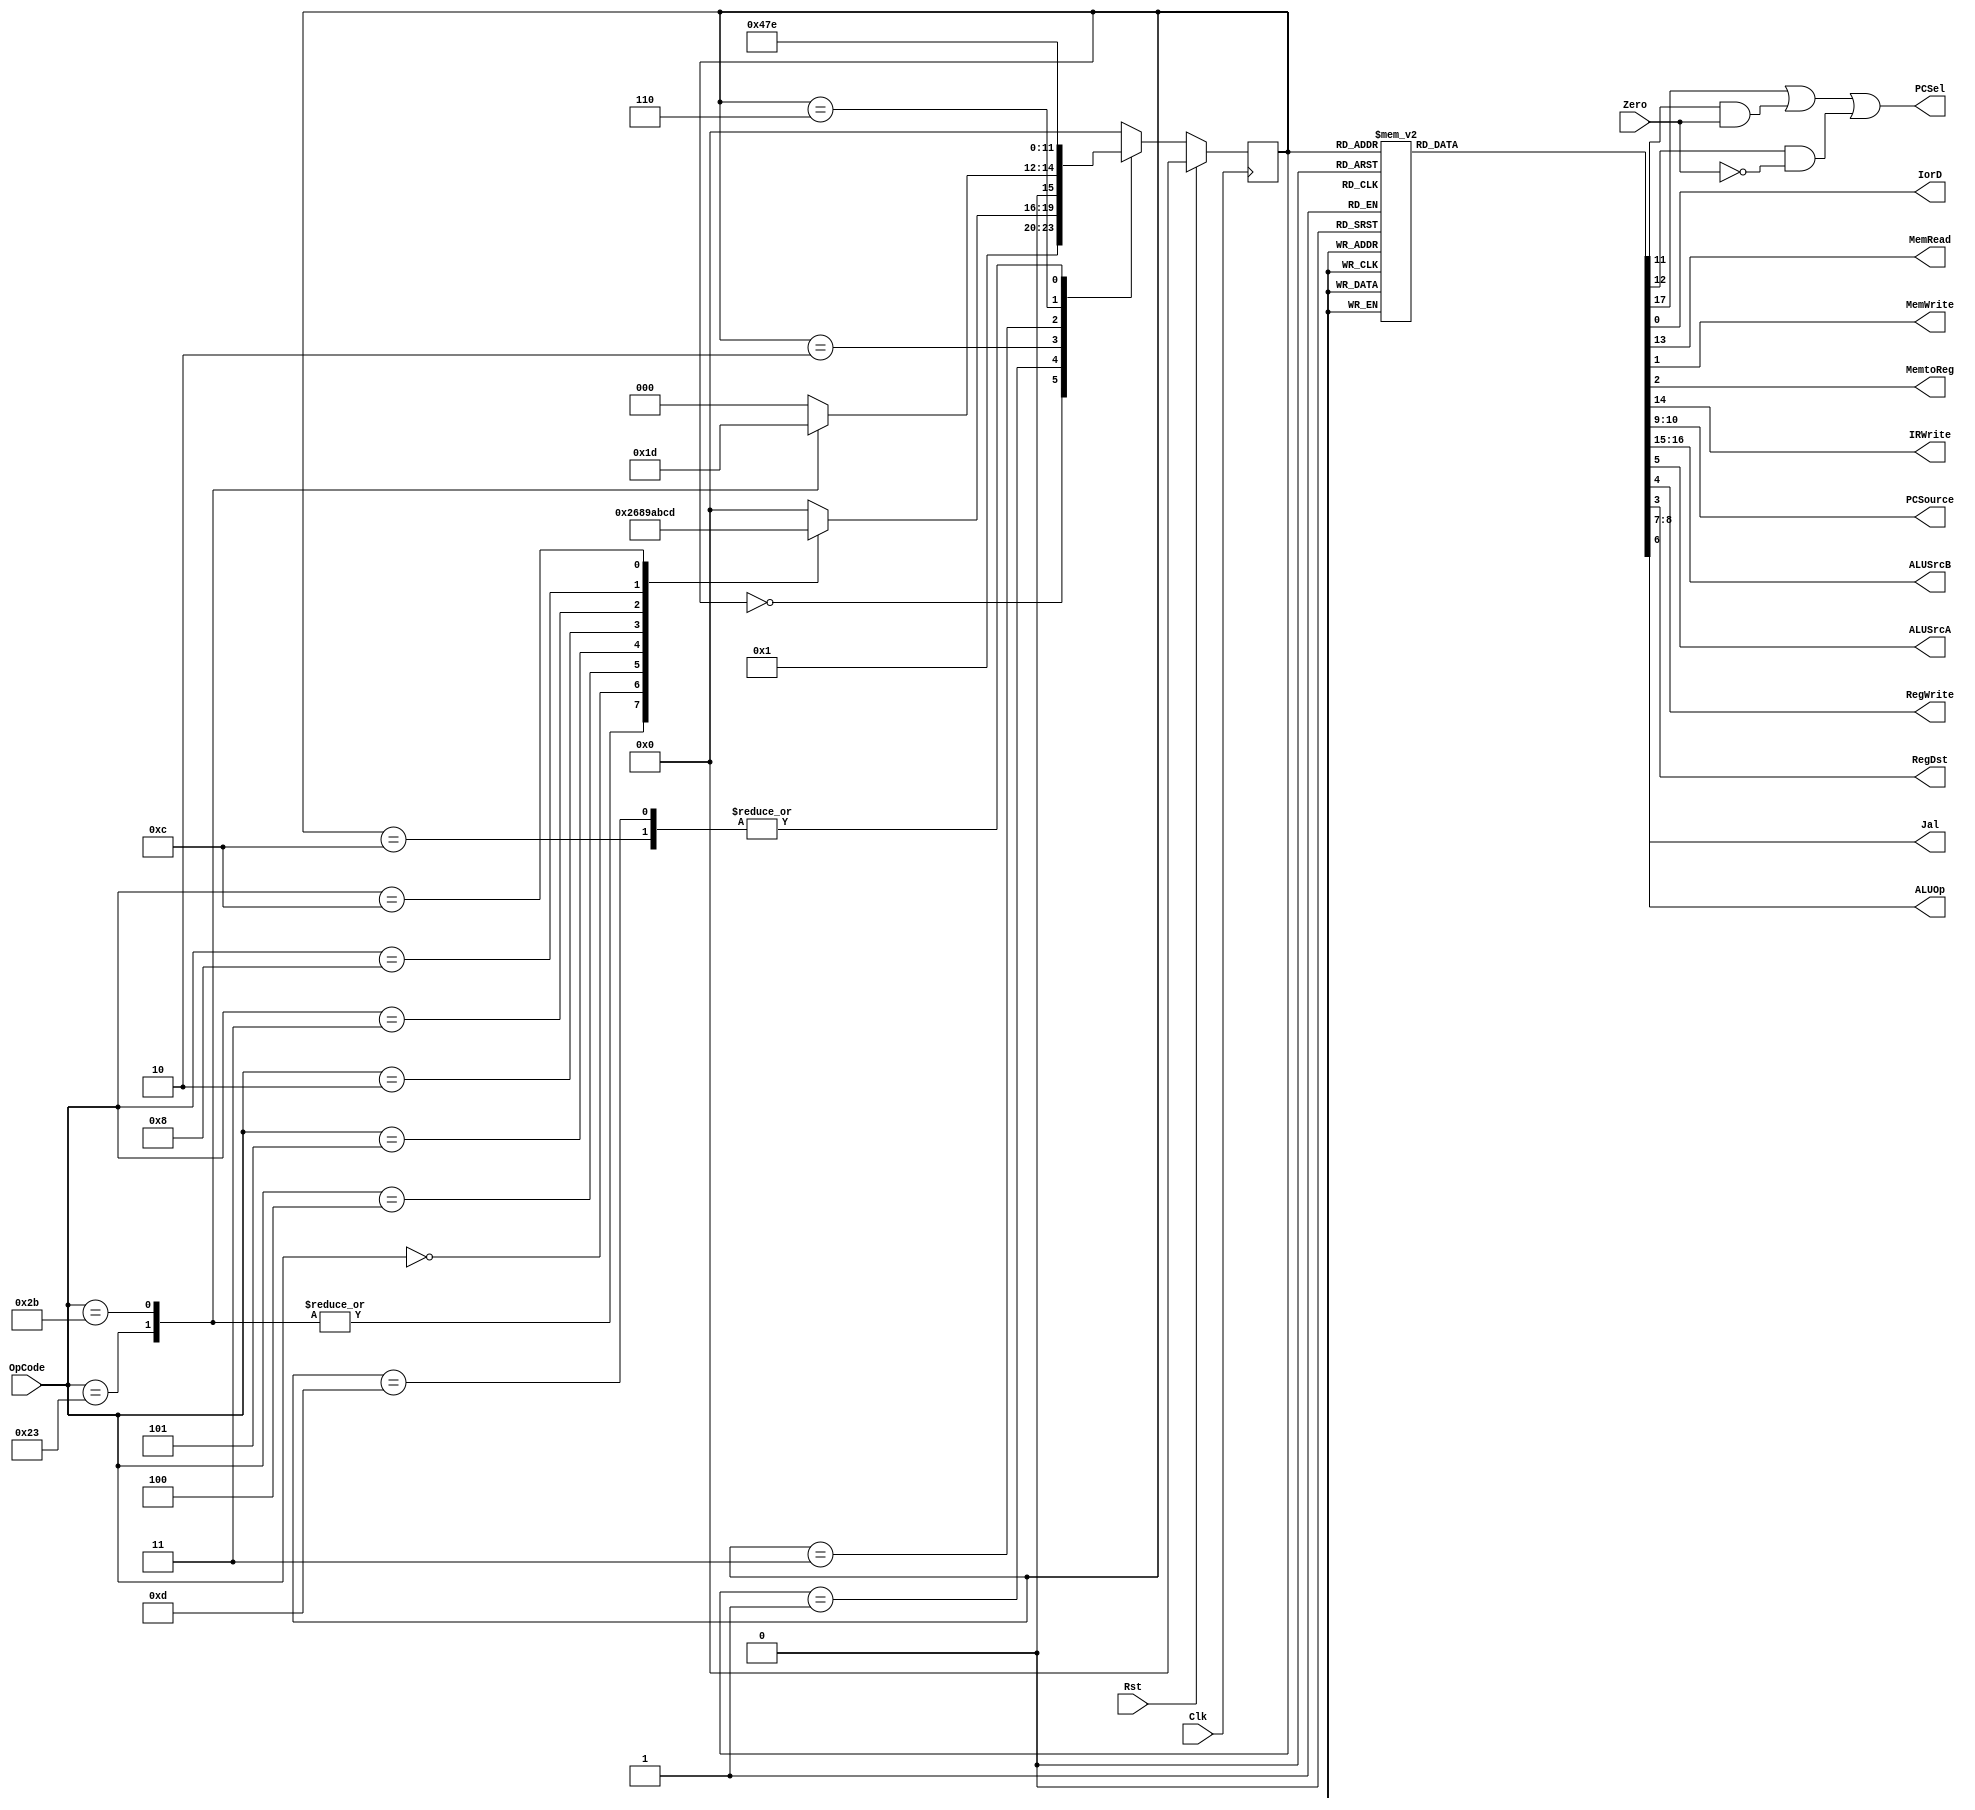
module Controller(Clk, Rst, OpCode, Zero, IorD, MemRead, MemWrite, MemtoReg, IRWrite, 
                PCSource, ALUSrcB, ALUSrcA, RegWrite, RegDst, PCSel, ALUOp, Jal);

	input Clk,
	      Rst,
	      Zero;
	      
	input [5:0] OpCode;

  output PCSel;
  
	output reg IorD,
	           MemWrite,
	           MemRead,
	           MemtoReg,
	           IRWrite,
             RegDst,
	           RegWrite,
	           ALUSrcA,
	           Jal;
	
	output reg [1:0] ALUOp,
	                 ALUSrcB,
	                 PCSource;

	reg PCWrite,
	    PCWriteCond_1,
	    PCWriteCond_2;
	
	reg [3:0] state,
	          nextstate;   

	//states
	parameter FETCH      = 4'b0000;
	parameter DECODE     = 4'b0001;
	parameter MEMADRCOMP = 4'b0010;
	parameter MEMACCESSL = 4'b0011; //Load1
	parameter MEMREADEND = 4'b0100; //Load2
	parameter MEMACCESSS = 4'b0101; //Store
	parameter EXECUTION  = 4'b0110; 
	parameter RTYPEEND   = 4'b0111;
	parameter BEQ        = 4'b1000;
	parameter BNE        = 4'b1001;
  parameter J          = 4'b1010;
  parameter JAL        = 4'b1011;
  parameter ADDI       = 4'b1100;
	parameter ANDI       = 4'b1101;
	parameter ANDADDEND  = 4'b1110;
	
	assign PCSel = (PCWrite | (PCWriteCond_1 & Zero) | (PCWriteCond_2 & ~Zero));

  always@(posedge Clk) begin
    if (Rst)
		  state <= FETCH;
    else
		  state <= nextstate;
  end
	
	always@(state or OpCode) begin
      	case(state)
        FETCH: nextstate = DECODE;
        DECODE: begin
          case(OpCode)
            6'b100011:	nextstate = MEMADRCOMP;//lw
            6'b101011:	nextstate = MEMADRCOMP;//sw
            6'b000000:	nextstate = EXECUTION;//r
            6'b000100:	nextstate = BEQ;//beq
            6'b000101:	nextstate = BNE;//bne
            6'b000010:	nextstate = J;//Jump
            6'b000011:	nextstate = JAL;//jal
            6'b001000: nextstate = ADDI;
            6'b001100: nextstate = ANDI;
            default:   nextstate = FETCH;
           endcase
        end
        MEMADRCOMP: begin 
          case(OpCode)
            6'b100011: nextstate = MEMACCESSL;//lw
            6'b101011: nextstate = MEMACCESSS;//sw
            default:   nextstate = FETCH;
          endcase
        end
        MEMACCESSL: nextstate = MEMREADEND;
        MEMREADEND: nextstate = FETCH;
        MEMACCESSS:  nextstate = FETCH;
        EXECUTION:  nextstate = RTYPEEND;
        RTYPEEND:   nextstate = FETCH;
        BEQ:        nextstate = FETCH;
        BNE:        nextstate = FETCH;
        J:          nextstate = FETCH;
        JAL:        nextstate = FETCH;
        ADDI:       nextstate = ANDADDEND;
        ANDI:       nextstate = ANDADDEND;
        ANDADDEND:  nextstate = FETCH;
        default:    nextstate = FETCH;
      endcase
    end

	always@(state) begin
	  
	  {IorD, MemRead, MemWrite, MemtoReg, RegDst, IRWrite} = 6'b0;
	  {ALUSrcA, RegWrite, PCWrite, PCWriteCond_1, PCWriteCond_2, Jal} = 6'b0;
	  {PCSource, ALUSrcB, ALUOp} = 6'b00;

    	case (state)
        FETCH: begin
            MemRead = 1'b1;
            IRWrite = 1'b1;
            ALUSrcB = 2'b01;
            PCWrite = 1'b1;
        end
          
        DECODE:
	         ALUSrcB = 2'b11;
        
        MEMADRCOMP: begin
            ALUSrcA = 1'b1;
            ALUSrcB = 2'b10;
        end
        
        MEMACCESSL: begin
            MemRead = 1'b1;
            IorD    = 1'b1;
        end
        
        MEMREADEND: begin
            RegWrite = 1'b1;
	          MemtoReg = 1'b1;
            RegDst = 1'b0;
        end
        
        MEMACCESSS: begin
           MemWrite = 1'b1;
            IorD     = 1'b1;
        end
        
        EXECUTION: begin
            ALUSrcA = 1'b1;
            ALUOp   = 2'b10;
        end
          
        RTYPEEND: begin
            RegDst   = 1'b1;
            RegWrite = 1'b1;
        end
        
        BEQ: begin
            ALUSrcA = 1'b1;
            ALUOp   = 2'b01;
            PCWriteCond_1 = 1'b1;
	          PCSource = 2'b01;
        end
        
        BNE: begin
            ALUSrcA = 1'b1;
            ALUOp   = 2'b01;
            PCWriteCond_2 = 1'b1;
	          PCSource = 2'b01;
        end
        
        J: begin
            PCWrite = 1'b1;
            PCSource = 2'b10; 
        end
        
        JAL: begin
            Jal = 1'b1;
            PCWrite = 1'b1;
            PCSource = 2'b10;
            RegWrite = 1'b1;
        end
        
        ADDI: begin
            ALUSrcA = 1'b1;
            ALUSrcB = 2'b10;
            ALUOp   = 2'b00;           
        end
         
        ANDI: begin
            ALUSrcA = 1'b1;
            ALUSrcB = 2'b10;
            ALUOp   = 2'b11;         
        end
         
        ANDADDEND: begin
            RegWrite = 1'b1;
        end          
      endcase
    end
    
endmodule